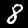
Digit: 8